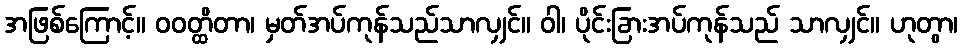
အဖြစ်ကြောင့်။ ဝဝတ္ထိတာ၊ မှတ်အပ်ကုန်သည်သာလျှင်။ ဝါ၊ ပိုင်းခြားအပ်ကုန်သည် သာလျှင်။ ဟုတွာ၊